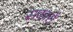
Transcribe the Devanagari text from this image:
सकारों